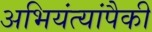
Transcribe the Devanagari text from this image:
अभियंत्यांपैकी